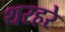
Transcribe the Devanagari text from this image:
थरहरे